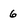
Character: 6